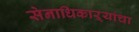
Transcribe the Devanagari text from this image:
सेनाधिकाऱ्यांचा